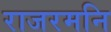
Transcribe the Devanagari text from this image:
राजरमनि